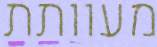
מעוותת